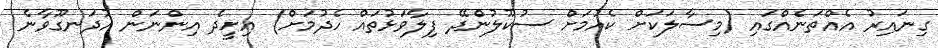
ގިނައިރު އެއްތަނެއްގައި (މިސާލަކަށް ކެއުމަށް ސުކޫލުންދޭ ފިލާވަޅުތައް ހެދުމަށް) އިށީދެ އިންނަން އުދަނގޫވާނެ